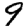
Digit: 9